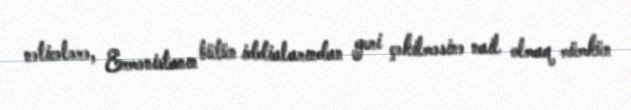
nəticələrə, Ermənistanın bütün iddialarından geri çəkilməsinə nail olmaq mümkün